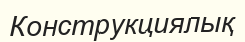
Конструкциялық